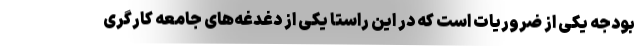
بودجه یکی از ضروریات است که در این راستا یکی از دغدغه‌های جامعه کارگری